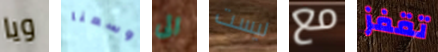
ويا وسعنا الى ليست مع تقفز